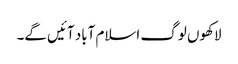
لاکھوں لوگ اسلام آباد آئیں گے۔